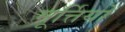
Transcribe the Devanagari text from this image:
मूर्त्तियों